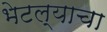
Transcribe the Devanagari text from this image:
भेटल्याचा